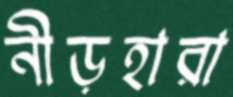
নীড়হারা